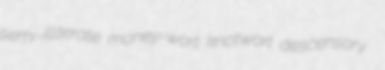
semi-illiterate money-wort knotwort descensory